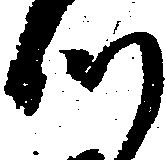
つ